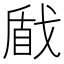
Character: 𢧕